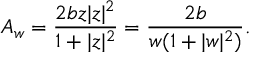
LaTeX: A _ { w } = \frac { 2 b z | z | ^ { 2 } } { 1 + | z | ^ { 2 } } = \frac { 2 b } { w ( 1 + | w | ^ { 2 } ) } .